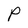
Character: P